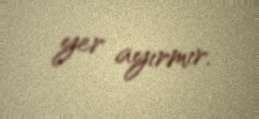
yer ayırmır.